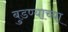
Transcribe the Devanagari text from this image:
बुडण्याच्या